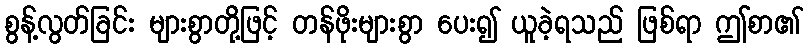
စွန့်လွတ်ခြင်း များစွာတို့ဖြင့် တန်ဖိုးများစွာ ပေး၍ ယူခဲ့ရသည် ဖြစ်ရာ ဤစာ၏